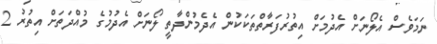
ނަމަވެސް އެލޯނަށް އެދުމަށް އިތުރުފަރާތްތަކަކުން އެދެމުންދާތީ ލޯނަށް އެދުމުގެ މުއްދަތަށް އިތުރު 2